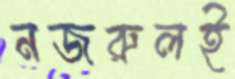
নজরুলই